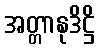
အတ္တာနုဒိဋ္ဌိ